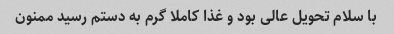
با سلام تحویل عالی بود و غذا کاملا گرم به دستم رسید ممنون